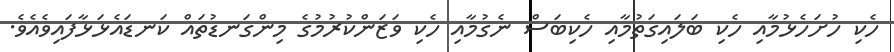
ހެކި ހުށަހެޅުމާއި ހެކި ބަލައިގަތުމާއި ހެކިބަސް ނެގުމާއި ހެކި ވަޒަންކުރުމުގެ މިންގަނޑުތައް ކަނޑައެޅަޅާފައިވެއެވެ.